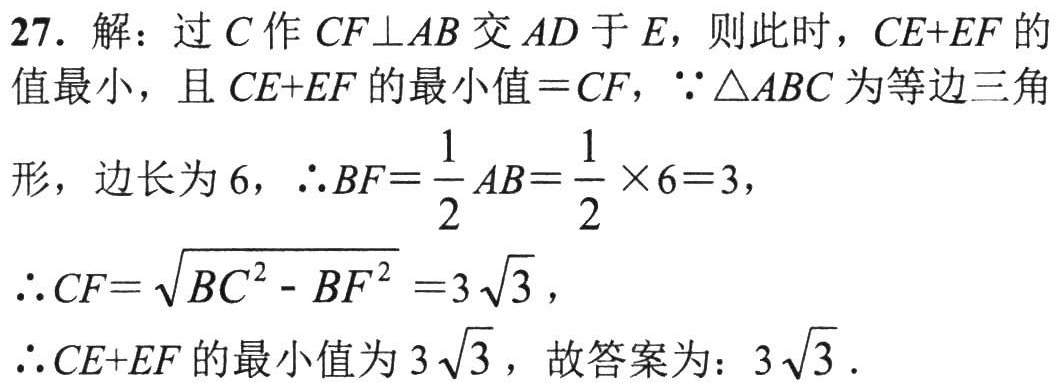
27. 解：过\(C\)作\(CF\perp AB\)交\(AD\)于\(E\)，则此时，\(CE + EF\)的值最小，且\(CE + EF\)的最小值\(=CF\)，\(\because\triangle ABC\)为等边三角形，边长为\(6\)，\(\therefore BF=\frac{1}{2}AB=\frac{1}{2}\times6 = 3\)，

\(\therefore CF=\sqrt{BC^{2}-BF^{2}} = 3\sqrt{3}\)，

\(\therefore CE + EF\)的最小值为\(3\sqrt{3}\)，故答案为：\(3\sqrt{3}\)．